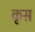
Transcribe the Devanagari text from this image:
कृस